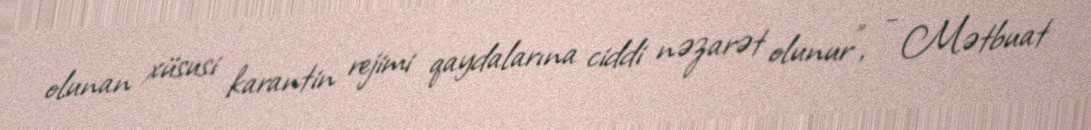
olunan xüsusi karantin rejimi qaydalarına ciddi nəzarət olunur", - Mətbuat